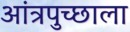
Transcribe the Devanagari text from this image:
आंत्रपुच्छाला